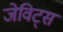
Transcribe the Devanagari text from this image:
जेविट्स